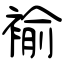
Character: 褕